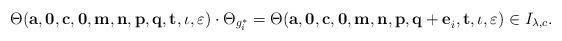
LaTeX: \begin{align*}\Theta({\bf a,0,c,0,m,n,p,q,t},\iota,\varepsilon)\cdot\Theta_{g^*_i}=\Theta({\bf a,0,c,0,m,n,p,q+e}_i{\bf,t},\iota,\varepsilon)\in I_{\lambda,c}.\end{align*}